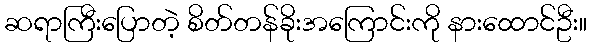
ဆရာကြီးပြောတဲ့ စိတ်တန်ခိုးအကြောင်းကို နားထောင်ဦး။